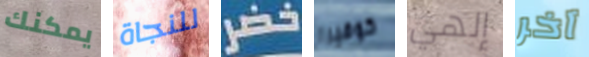
يمكنك للنجاة خضر كوفيرا إلهي آخر